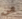
من